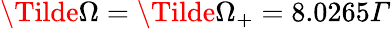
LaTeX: \Tilde{\Omega}=\Tilde{\Omega}_{+}=8.0265Γ